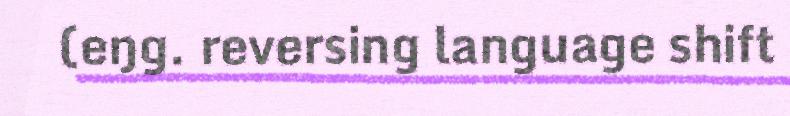
(eŋg. reversing language shift